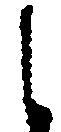
し